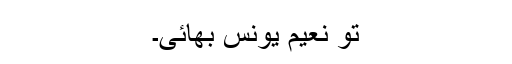
تو نعیم یونس بھائی۔